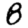
Digit: 8